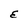
Character: E